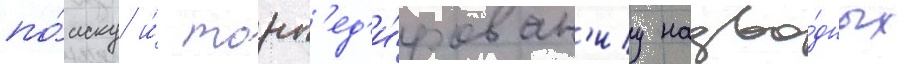
по́иску и́ торп'ед'и́рован'иу надво́дных